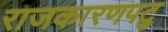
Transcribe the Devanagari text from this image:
राजकारणपटु